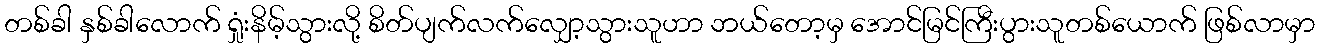
တစ်ခါ နှစ်ခါလောက် ရှုံးနိမ့်သွားလို့ စိတ်ပျက်လက်လျှော့သွားသူဟာ ဘယ်တော့မှ အောင်မြင်ကြီးပွားသူတစ်ယောက် ဖြစ်လာမှာ